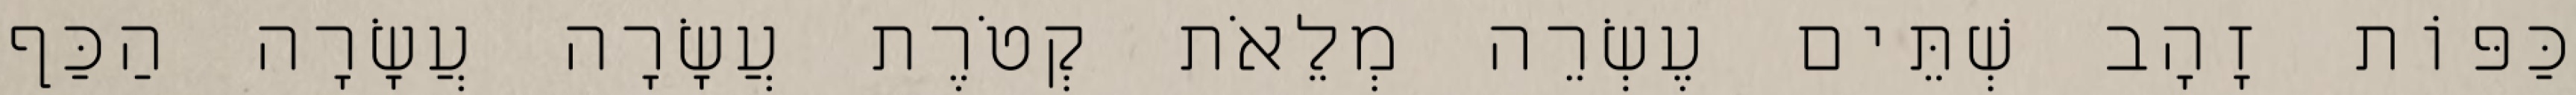
כַּפּוֹת זָהָב שְׁתֵּים עֶשְׂרֵה מְלֵאֹת קְטֹרֶת עֲשָׂרָה עֲשָׂרָה הַכַּף